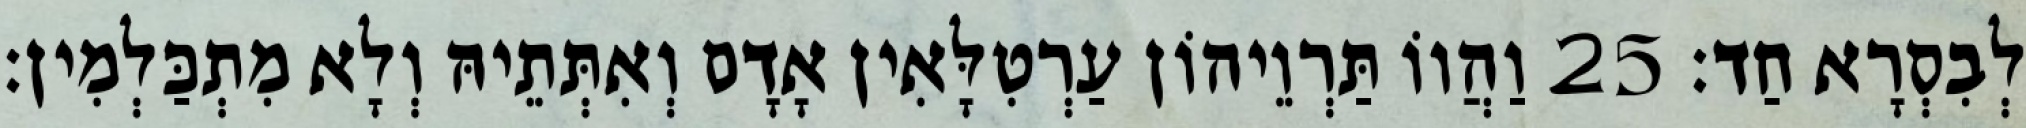
לְבִסְרָא חַד׃ 25 וַהֲווֹ תַּרְוֵיהוֹן עַרְטִלָּאִין אָדָם וְאִתְּתֵיהּ וְלָא מִתְכַּלְמִין׃